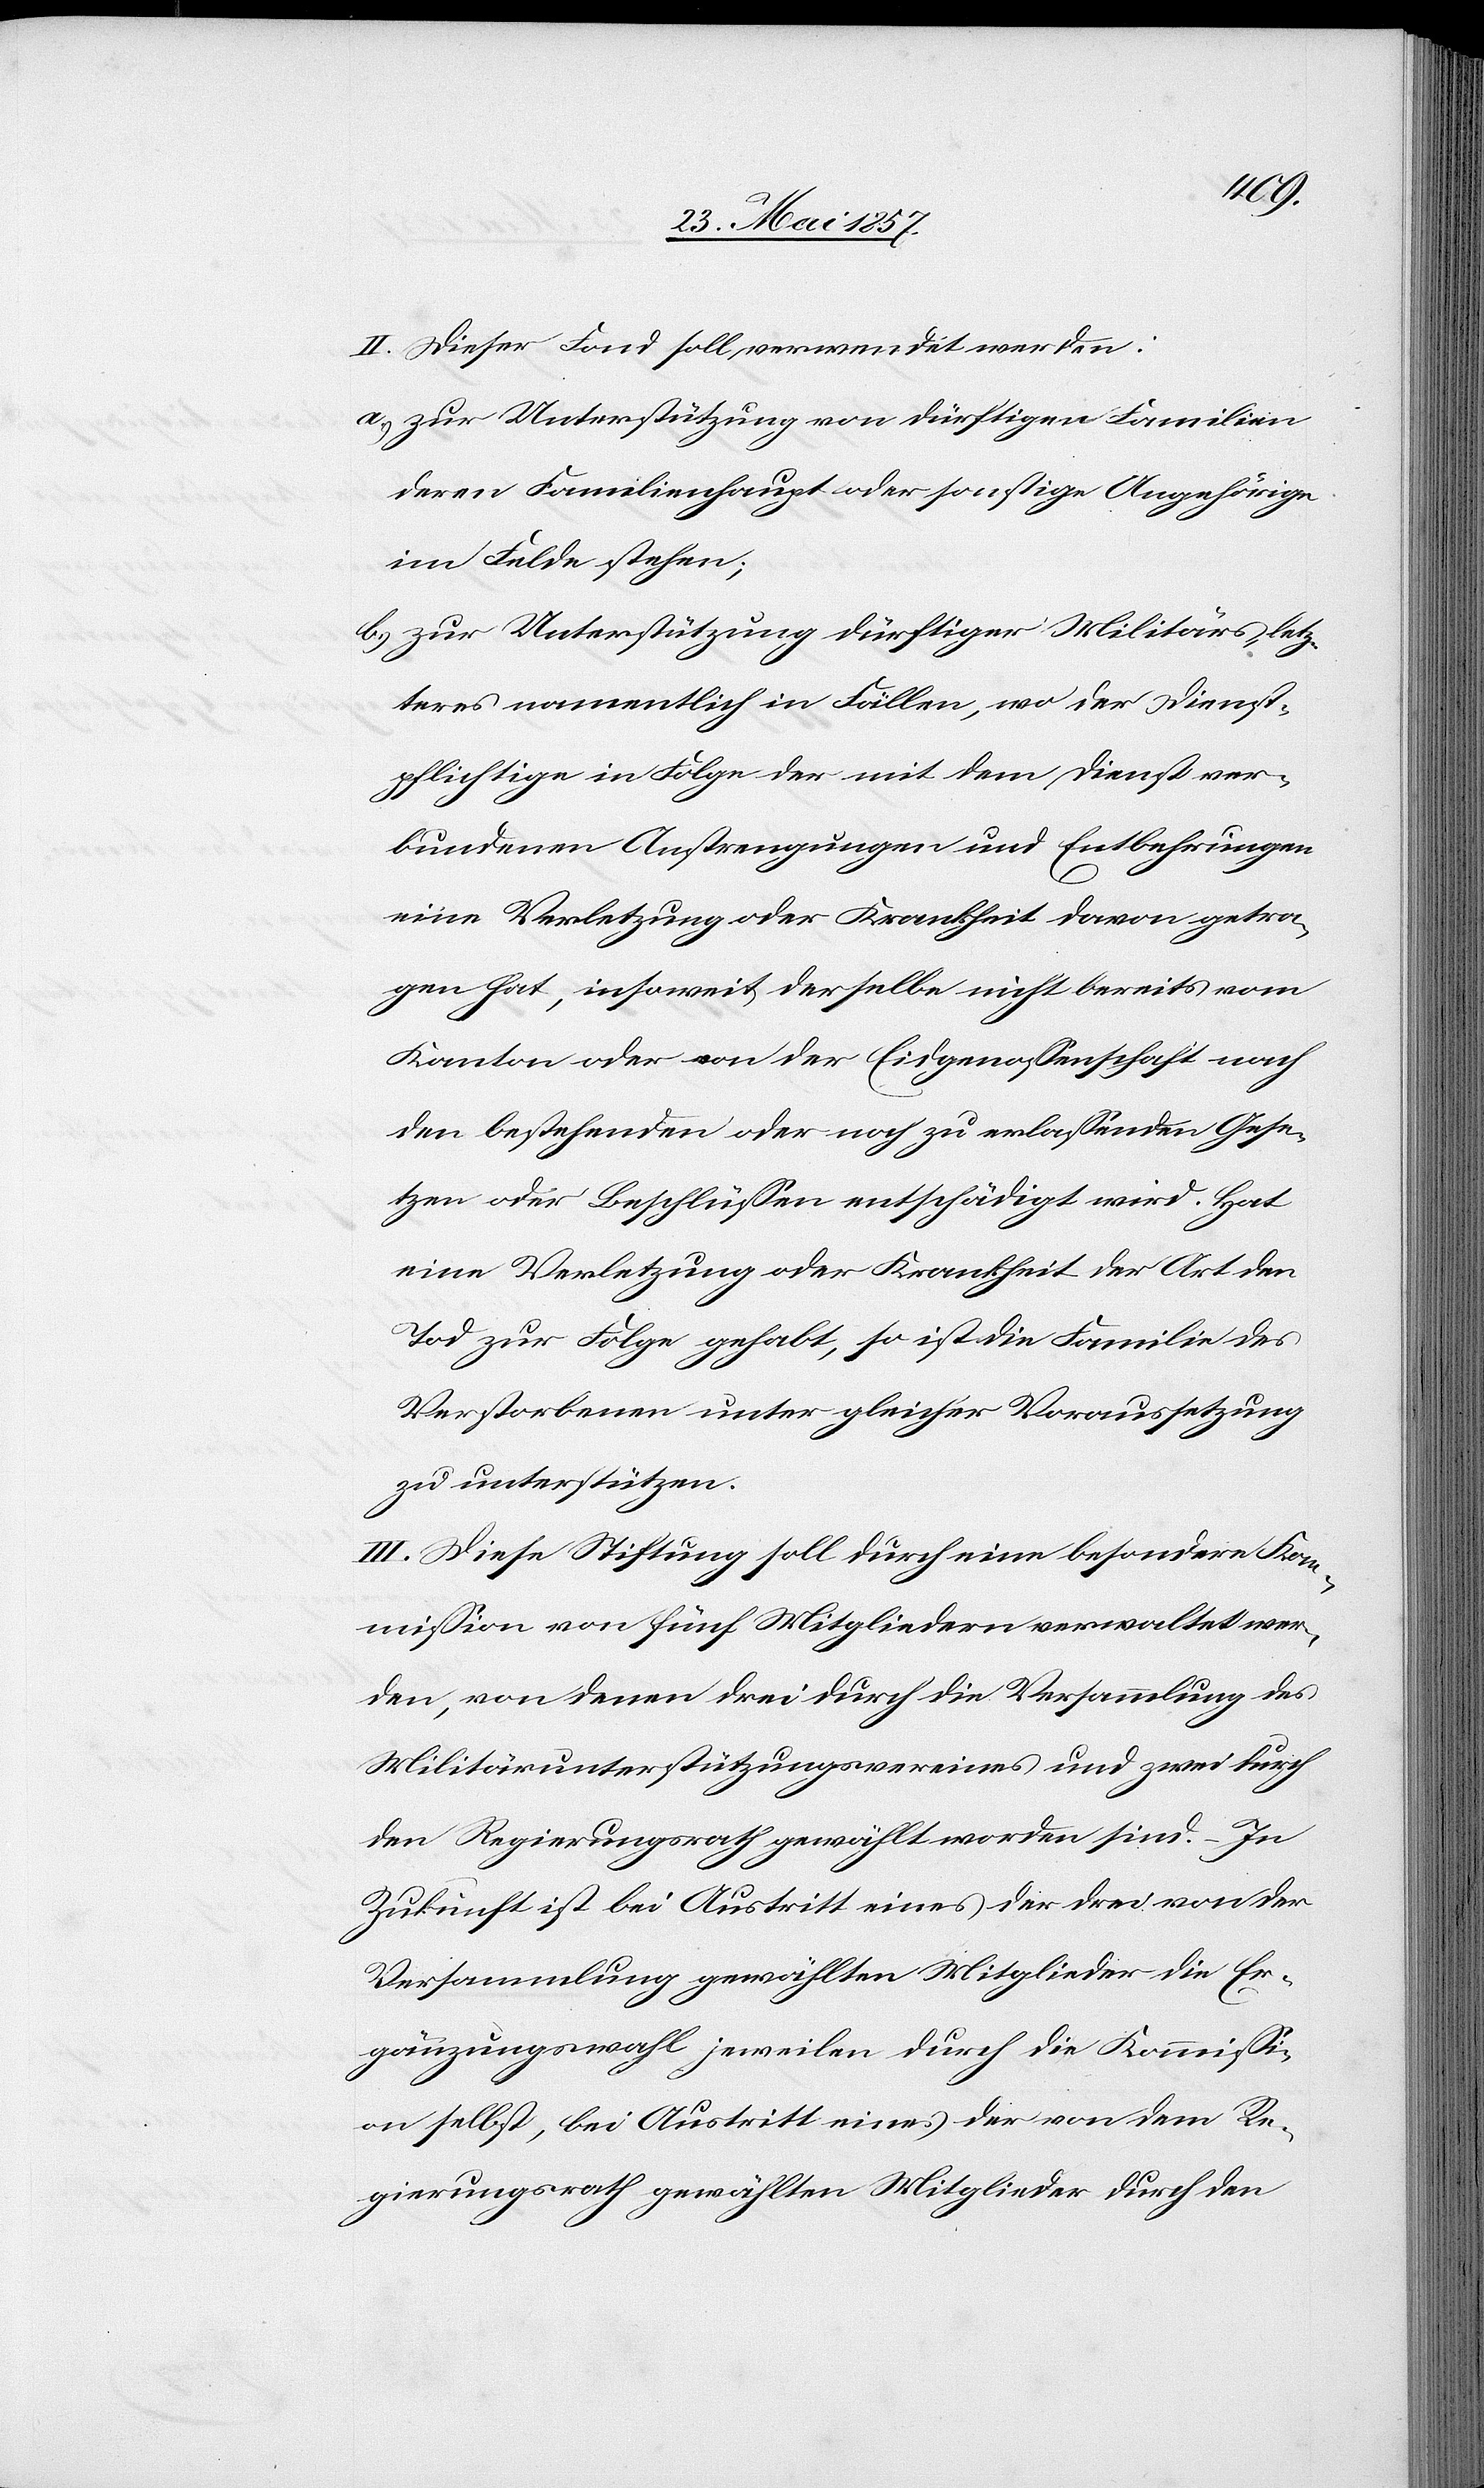
II. Dieser Fond soll verwendet werden:
a) zur Unterstützung von dürftigen Familien
deren Familienhaupt oder sonstige Angehörige
im Felde stehen;
b.) zur Unterstützung dürftiger Militärs letz¬
teres namentlich in Fällen, wo der dienst¬
pflichtige in Folge der mit dem Dienst ver¬
bundenen Anstrengungen und Entbehrungen
eine Verletzung oder Krankheit davon getra¬
gen hat, insoweit derselbe nicht bereits vom
Kanton oder von der Eidgenossenschaft nach
den bestehenden oder noch zu erlassenden Gese¬
tzen oder Beschlüssen entschädigt wird. Hat
eine Verletzung oder Krankheit der Art den
Tod zur Folge gehabt, so ist die Familie des
Verstorbenen unter gleicher Voraussetzung
zu unterstützen.
III. Diese Stiftung soll durch eine besondere Kom¬
mission von fünf Mitgliedern verwaltet wer¬
den, von denen drei durch die Versammlung des
Militärunterstützungsvereines und zwei durch
den Regierungsrath gewählt worden sind. In
Zukunft ist bei Austritt eines der drei von der
Versammlung gewählten Mitglieder die Er¬
gänzungswahl jeweilen durch die Kommissi¬
on selbst, bei Austritt eines der von dem Re¬
gierungsrath gewählten Mitglieder durch den